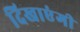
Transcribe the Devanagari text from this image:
दिखाएंगी